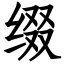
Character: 缀